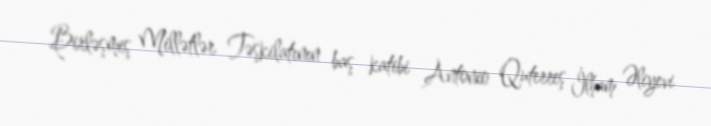
Birləşmiş Millətlər Təşkilatının baş katibi Antonio Quterreş İlham Əliyevi